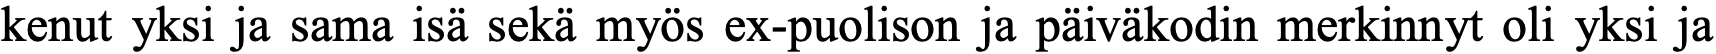
kenut yksi ja sama isä sekä myös ex-puolison ja päiväkodin merkinnyt oli yksi ja